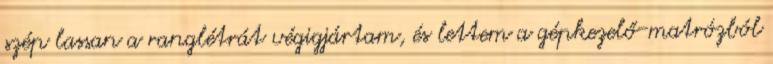
szép lassan a ranglétrát végigjártam, és lettem a gépkezelő-matrózból